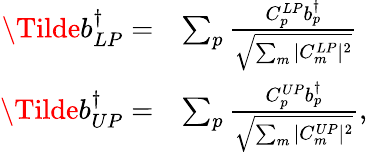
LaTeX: \begin{array}{rl}{\Tilde{b}_{LP}^{\dagger}=}&{\sum_{p}\frac{C_{p}^{LP}{b}_{p}^{\dagger}}{\sqrt{\sum_{m}|C_{m}^{LP}|^{2}}}}\\ {\Tilde{b}_{UP}^{\dagger}=}&{\sum_{p}\frac{C_{p}^{UP}{b}_{p}^{\dagger}}{\sqrt{\sum_{m}|C_{m}^{UP}|^{2}}},}\end{array}